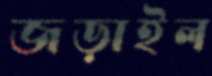
জড়াইল